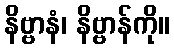
နိဗ္ဗာနံ၊ နိဗ္ဗာန်ကို။